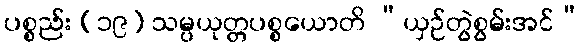
ပစ္စည်း (၁၉) သမ္ပယုတ္တပစ္စယောတိ “ယှဉ်တွဲစွမ်းအင်”